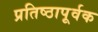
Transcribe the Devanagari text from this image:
प्रतिष्ठापूर्वक